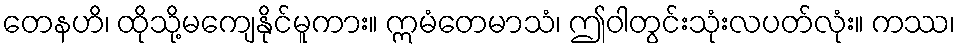
တေနဟိ၊ ထိုသို့မကျေနိုင်မူကား။ ဣမံတေမာသံ၊ ဤဝါတွင်းသုံးလပတ်လုံး။ ကဿ၊